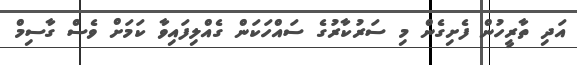
އަދި ތާރީހުން ފެށިގެން މި ސަރުކާރުގެ ސައްހަކަން ގެއްލިފައިވާ ކަމަށް ވެސް ގާސިމް